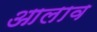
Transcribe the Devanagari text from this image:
आलाव